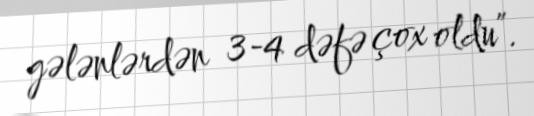
gələnlərdən 3-4 dəfə çox oldu”.